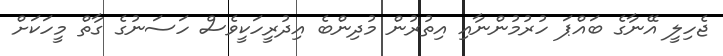
ޖެހިލީ އޭނާގެ ބައްޕަ ހުރުމުންނާއި އިތުރުން މުދިންބެ އިދުރީހަކީވެސް ހަސަނުގެ ގާތް މީހަކަށް